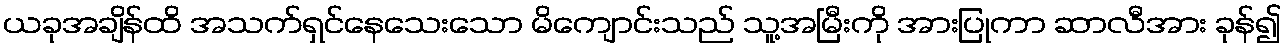
ယခုအချိန်ထိ အသက်ရှင်နေသေးသော မိကျောင်းသည် သူ့အမြီးကို အားပြုကာ ဆာလီအား ခုန်၍